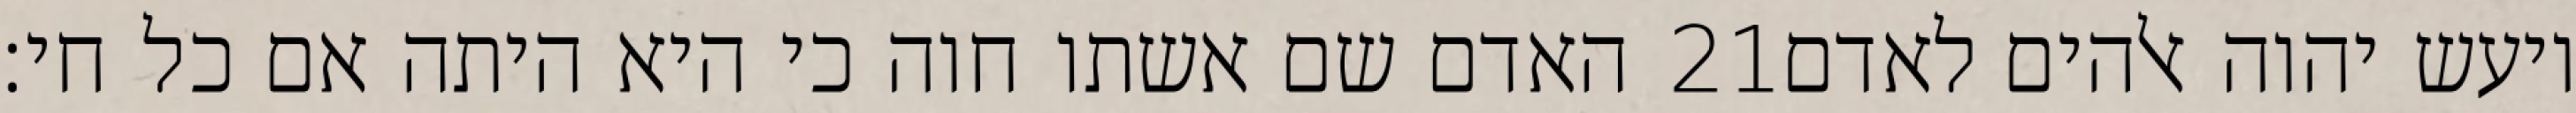
האדם שם אשתו חוה כי היא היתה אם כל חי׃ ‎21‏ ויעש יהוה אלהים לאדם